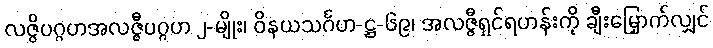
လဇ္ဇိပဂ္ဂဟအလဇ္ဇီပဂ္ဂဟ ၂-မျိုး၊ ဝိနယသင်္ဂဟ-ဋ္ဌ-၆၉၊ အလဇ္ဇီရှင်ရဟန်းကို ချီးမြှောက်လျှင်